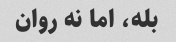
بله، اما نه روان